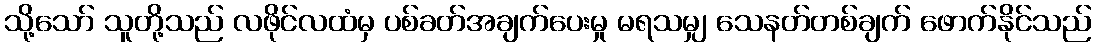
သို့သော် သူတို့သည် လဖိုင်လထံမှ ပစ်ခတ်အချက်ပေးမှု မရသမျှ သေနတ်တစ်ချက် ဖောက်နိုင်သည်